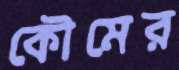
কৌমের